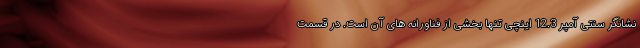
نشانگر سنتی آمپر 12.3 اینچی تنها بخشی از فناورانه های آن است. در قسمت